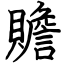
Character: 贍